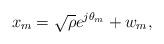
LaTeX: \begin{align*}x_m=\sqrt{\rho}e^{j\theta_m} + w_m,\end{align*}